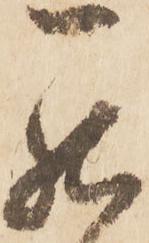
罷